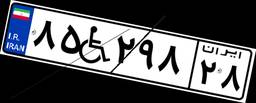
۸۵W۲۹۸۲۸